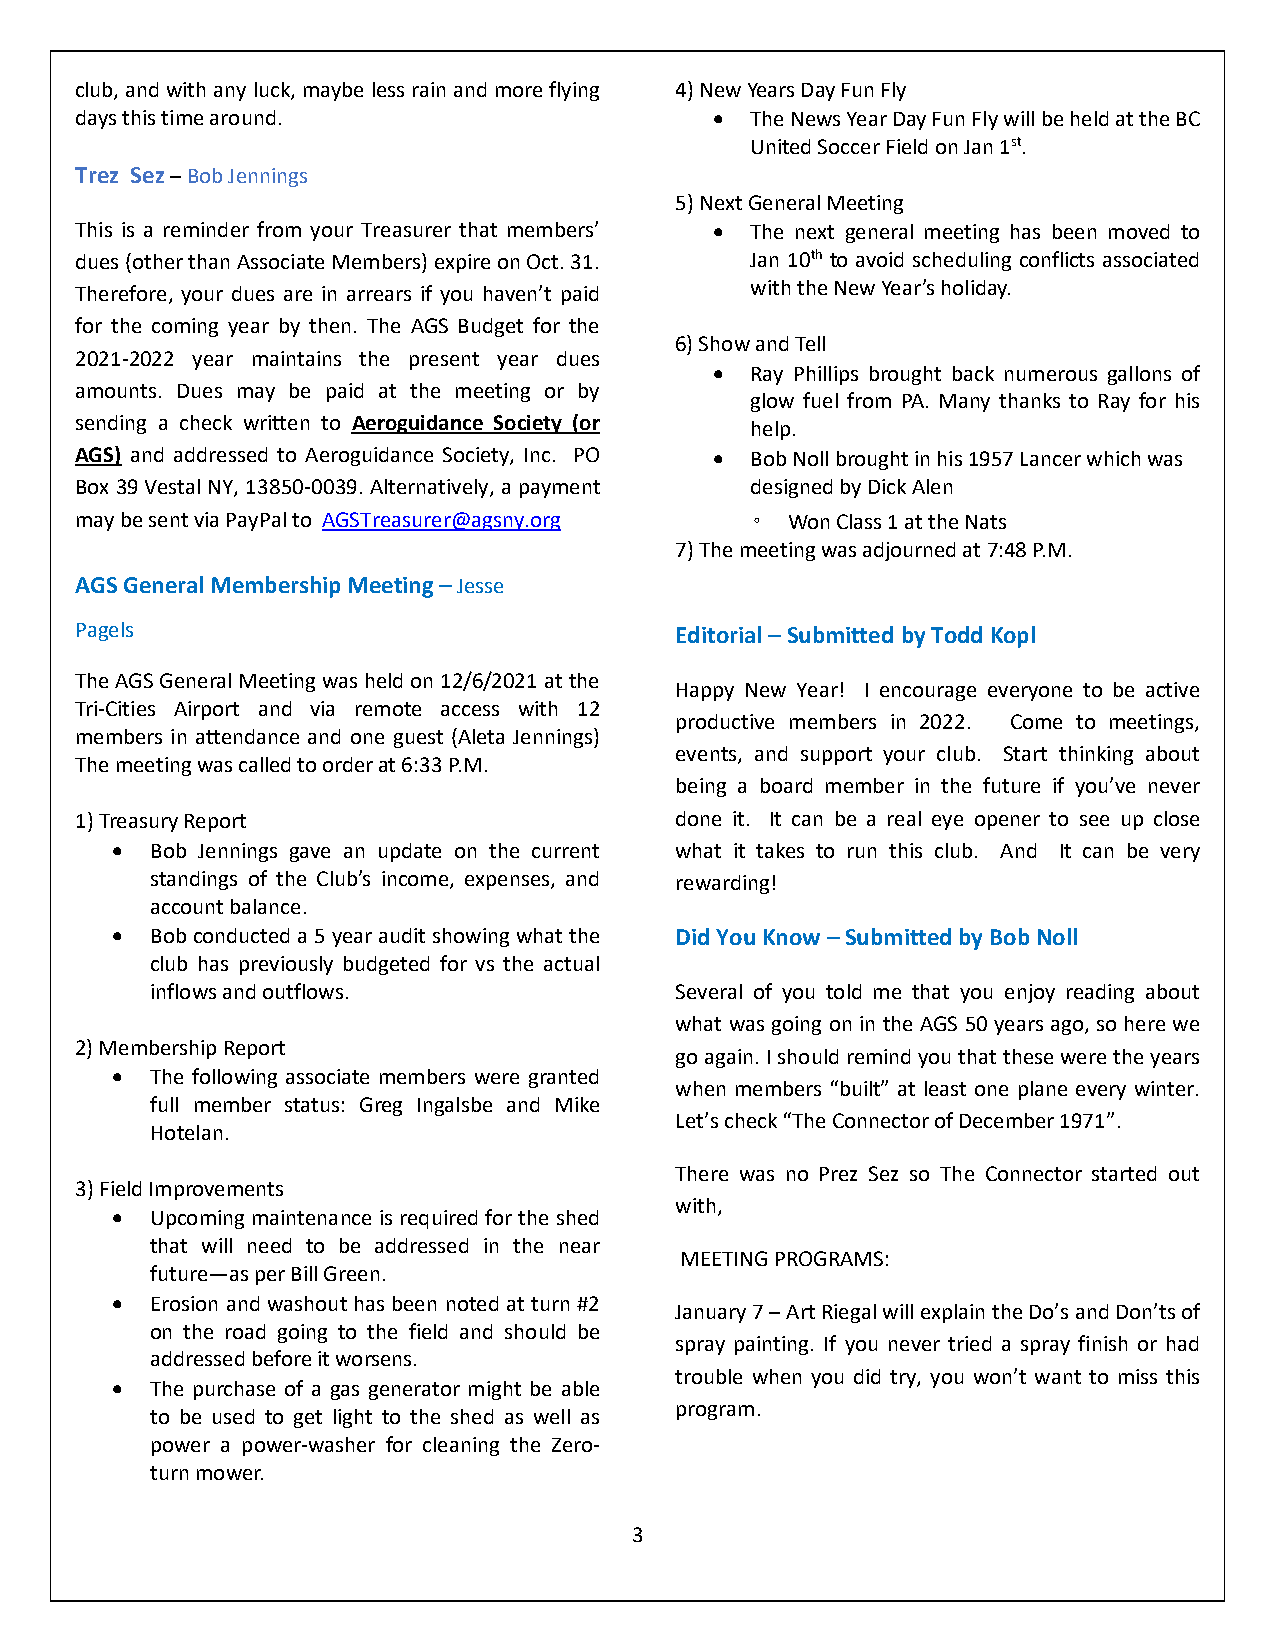
club, and with any luck, maybe less rain and more flying 4) New Years Day Fun Fly
 days this time around.                    •  The News Year Day Fun Fly will be held at the BC
 United Soccer Field on Jan 1st.
 Trez Sez – Bob Jennings
 5) Next General Meeting
 This is a reminder from your Treasurer that members’ • The next general meeting has been moved to
 dues (other than Associate Members) expire on Oct. 31. Jan 10th to avoid scheduling conflicts associated
 Therefore, your dues are in arrears if you haven’t paid with the New Year’s holiday.
 for the coming year by then. The AGS Budget for the
 6) Show and Tell
 2021-2022 year maintains the present year dues
 •  Ray Phillips brought back numerous gallons of
 amounts. Dues may be paid at the meeting or by
 glow fuel from PA. Many thanks to Ray for his
 sending a check written to Aeroguidance Society (or help.
 AGS) and addressed to Aeroguidance Society, Inc. PO • Bob Noll brought in his 1957 Lancer which was
 Box 39 Vestal NY, 13850-0039. Alternatively, a payment designed by Dick Alen
 may be sent via PayPal to AGSTreasurer@agsny.org ◦ Won Class 1 at the Nats
 7) The meeting was adjourned at 7:48 P.M.
 AGS General Membership Meeting – Jesse
 Pagels                                  Editorial – Submitted by Todd Kopl
 The AGS General Meeting was held on 12/6/2021 at the
 Happy New Year! I encourage everyone to be active
 Tri-Cities Airport and via remote access with 12
 productive members in 2022. Come to meetings,
 members in attendance and one guest (Aleta Jennings)
 events, and support your club. Start thinking about
 The meeting was called to order at 6:33 P.M.
 being a board member in the future if you’ve never
 1) Treasury Report                      done it. It can be a real eye opener to see up close
 •  Bob Jennings gave an update on the current what it takes to run this club. And It can be very
 standings of the Club’s income, expenses, and rewarding!
 account balance.
 •  Bob conducted a 5 year audit showing what the Did You Know – Submitted by Bob Noll
 club has previously budgeted for vs the actual
 inflows and outflows.              Several of you told me that you enjoy reading about
 what was going on in the AGS 50 years ago, so here we
 2) Membership Report
 go again. I should remind you that these were the years
 •  The following associate members were granted
 when members “built” at least one plane every winter.
 full member status: Greg Ingalsbe and Mike
 Let’s check “The Connector of December 1971”.
 Hotelan.
 There was no Prez Sez so The Connector started out
 3) Field Improvements
 with,
 •  Upcoming maintenance is required for the shed
 that will need to be addressed in the near
 MEETING PROGRAMS:
 future—as per Bill Green.
 •  Erosion and washout has been noted at turn #2
 January 7 – Art Riegal will explain the Do’s and Don’ts of
 on the road going to the field and should be
 spray painting. If you never tried a spray finish or had
 addressed before it worsens.
 trouble when you did try, you won’t want to miss this
 •  The purchase of a gas generator might be able
 program.
 to be used to get light to the shed as well as
 power a power-washer for cleaning the Zero-
 turn mower.
 3